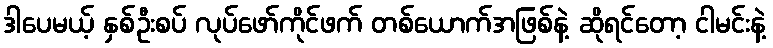
ဒါပေမယ့် နှစ်ဦးစပ် လုပ်ဖော်ကိုင်ဖက် တစ်ယောက်အဖြစ်နဲ့ ဆိုရင်တော့ ငါမင်းနဲ့